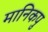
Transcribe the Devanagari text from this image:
मानिकपु